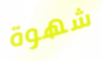
شهوة